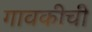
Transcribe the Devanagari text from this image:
गावकीची